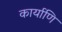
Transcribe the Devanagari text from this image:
कार्याणि